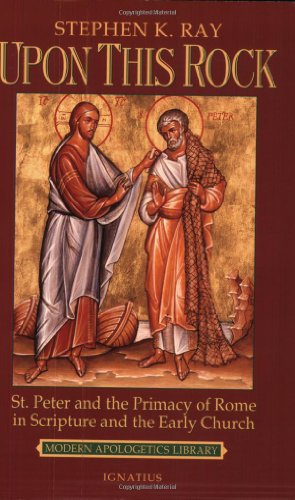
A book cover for Upon This Rock: St. Peter and the Primacy of Rome in Scripture and the Early Church (Modern Apologetics Library); Stephen K. Ray; Christian Books & Bibles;